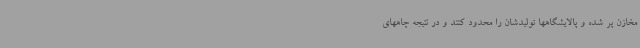
مخازن پر شده و پالایشگاهها تولیدشان را محدود کنند و در نتیجه چاههای